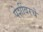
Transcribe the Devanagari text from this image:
पेशींवरचे